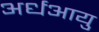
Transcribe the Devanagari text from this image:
अर्धआयु